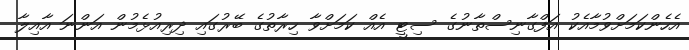
އެހެންކަމަށްވުމާއެކު އަފްގާނިސްތާނުގެ ސިޓީ އެއް ކަމަށްވާ ހިރާތުގެ ބޭރުގައި ދިރިއުޅެމުން އަންނަ އާއިލާ